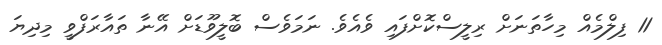
11 ފިލްމެއް މިހާތަނަށް ރިލީސްކޮށްފައި ވެއެވެ. ނަމަވެސް ބޮލީވޫޑަށް އޭނާ ތައާރަފްވީ މިދިޔަ